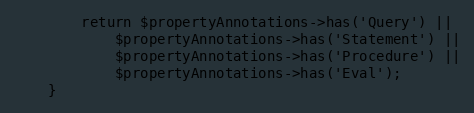
Language: PHP
		return $propertyAnnotations->has('Query') ||
			$propertyAnnotations->has('Statement') ||
			$propertyAnnotations->has('Procedure') ||
			$propertyAnnotations->has('Eval');
	}